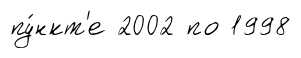
пу́нкт'е 2002 по 1998